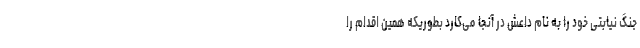
جنگ نیابتی خود را به نام داعش در آنجا می‌کارد بطوریکه همین اقدام را